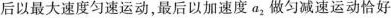
后以最大速度匀速运动，最后以加速度a_{2}做匀减速运动恰好